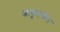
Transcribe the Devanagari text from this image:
स्नायूंमार्फत